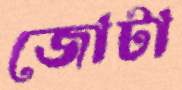
জোটা